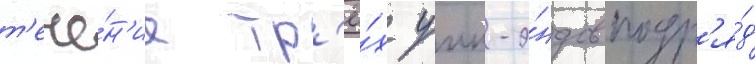
т'ече́н'ие тр'ё́х уик-э́ндов подр'я́д